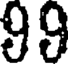
99